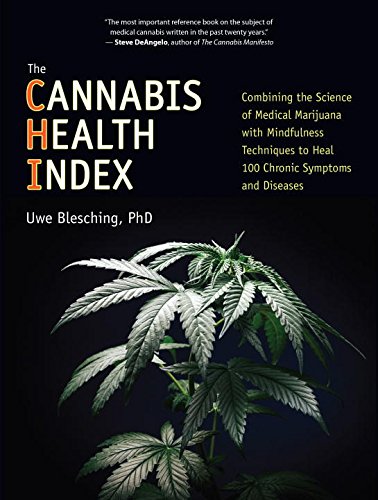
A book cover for The Cannabis Health Index: Combining the Science of Medical Marijuana with Mindfulness Techniques To Heal 100 Chronic Symptoms and Diseases; Uwe Blesching; Medical Books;